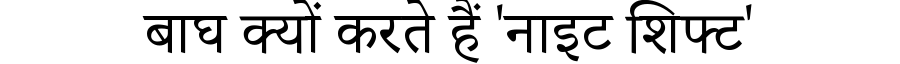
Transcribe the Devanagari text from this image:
बाघ क्यों करते हैं 'नाइट शिफ्ट'